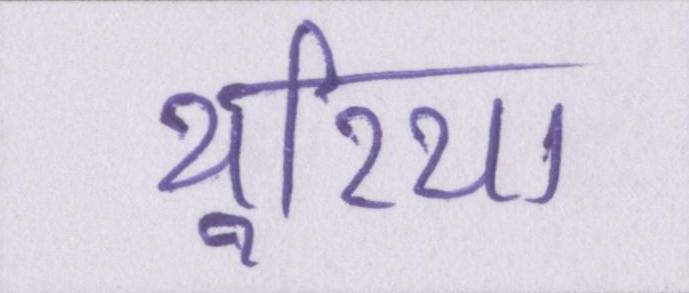
यूरिया